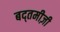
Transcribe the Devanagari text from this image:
बद्तमीज़ी